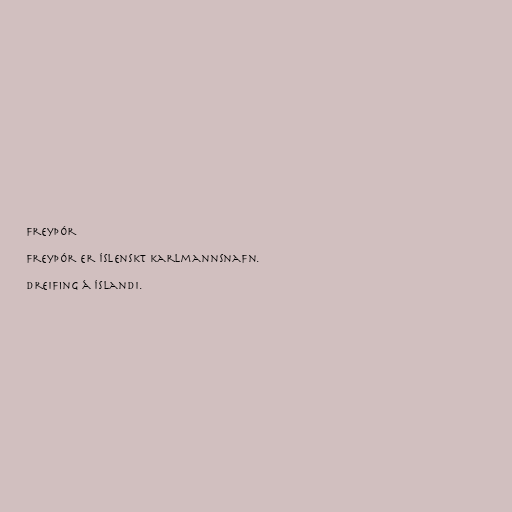
Freyþór

Freyþór er íslenskt karlmannsnafn.

Dreifing á Íslandi.